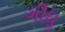
ગીધૢ